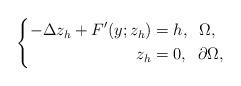
LaTeX: \begin{align*}\left \{\begin{aligned}-\Delta z_{h} + F'(y;z_{h})&=h, \;\; \Omega,\\z_{h}&=0, \;\; \partial \Omega,\end{aligned}\right. \end{align*}